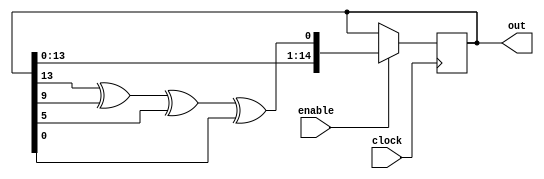
module lfsr_race(
	enable,
	clock,
	out
);

	input clock;
	input enable;
	output [15:1] out;

	reg[15:1] sreg;

	initial sreg = 14'd25;

	always @ (posedge clock) 
		begin
		if (enable==1'b1)
			sreg<= {sreg[14:1], sreg[14] ^ sreg[10] ^ sreg[6] ^ sreg[1]};
		end
	assign out = sreg;
	
endmodule